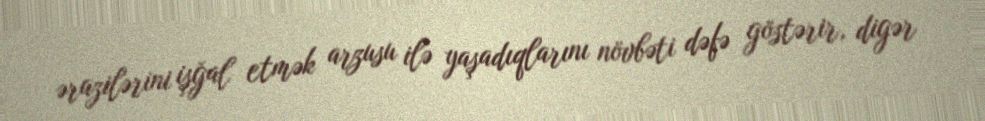
ərazilərini işğal etmək arzusu ilə yaşadıqlarını növbəti dəfə göstərir, digər